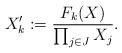
LaTeX: \begin{align*}X'_k:=\frac{F_k(X)}{\prod_{j\in J} X_j }. \end{align*}